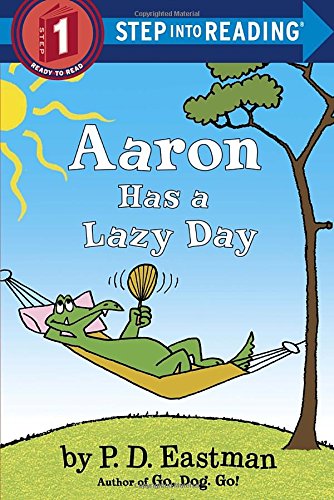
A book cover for Aaron Has a Lazy Day (Step into Reading); P.D. Eastman; Children's Books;